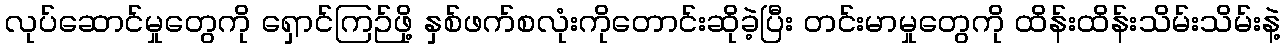
လုပ်ဆောင်မှုတွေကို ရှောင်ကြဉ်ဖို့ နှစ်ဖက်စလုံးကိုတောင်းဆိုခဲ့ပြီး တင်းမာမှုတွေကို ထိန်းထိန်းသိမ်းသိမ်းနဲ့